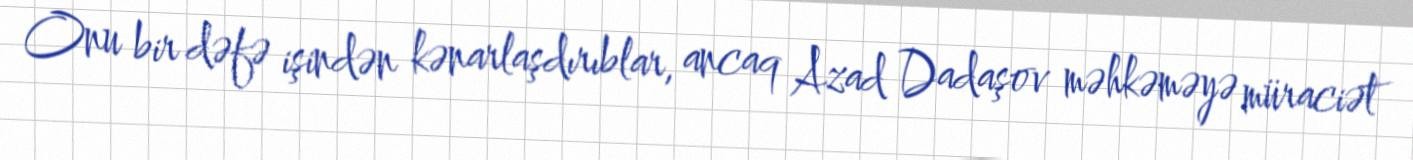
Onu bir dəfə işindən kənarlaşdırıblar, ancaq Azad Dadaşov məhkəməyə müraciət